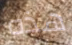
هذه